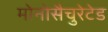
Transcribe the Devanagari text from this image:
मोनोसैचुरेटेड